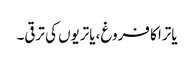
یاترا کا فروغ، یاتریوں کی ترقی۔